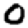
Digit: 0